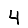
Digit: 4